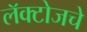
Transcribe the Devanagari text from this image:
लॅक्टोजचे